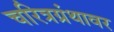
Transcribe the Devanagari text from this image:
चरित्रग्रंथावर